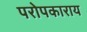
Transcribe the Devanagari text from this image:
परोपकाराय